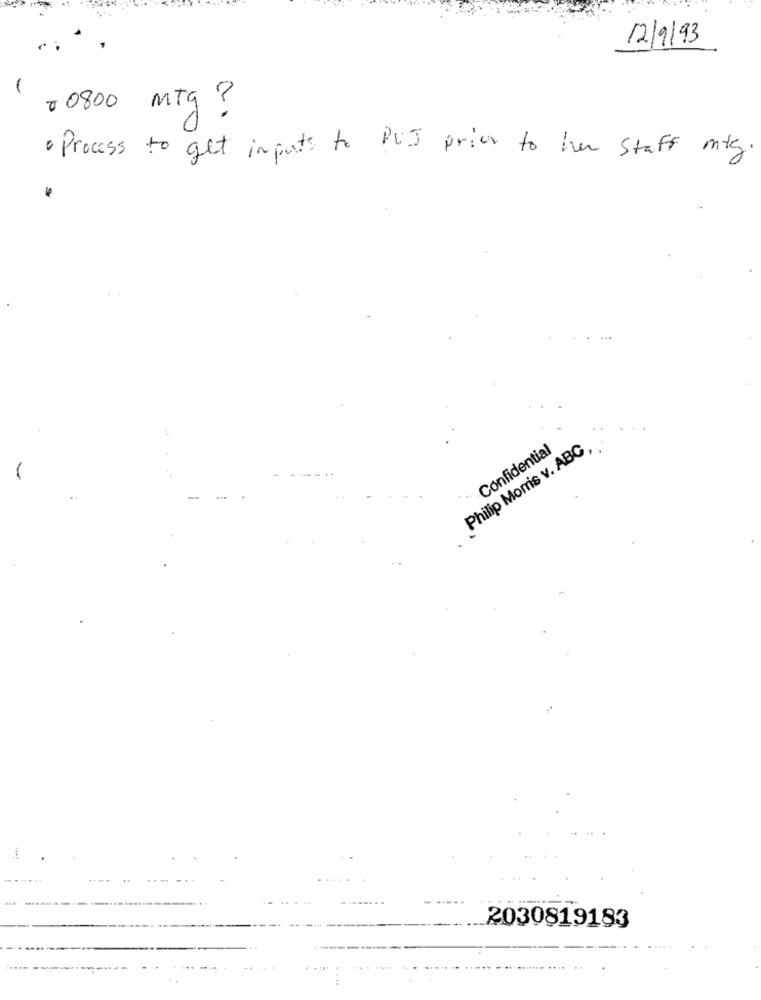
12/9/93
00800 mtg ?
· Process to get inputs to PUT prior to her staff mig.
Philip Morris v. ABC,
Confidential
---..
2030819183
. ..